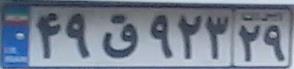
۴۹ق۹۲۳۲۹